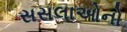
સસલાઓનો